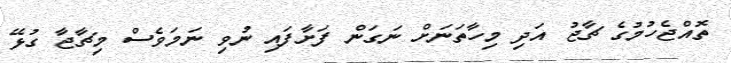
ތޮއްޖެހުމުގެ ޗާޖު އަދި މިހާތަނަށް ނަގަން ފަށާފައި ނުވި ނަމަވެސް މިޗާޖާ ގުޅޭ